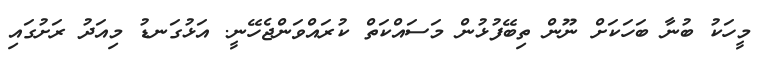
މީހަކު ބުނާ ބަހަކަށް ނޫން ތިބޭފުޅުން މަސައްކަތް ކުރައްވަންޖެހޭނީ. އަޅުގަނޑު މިއަދު ރަށުގައި